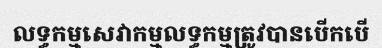
លទ្ធកម្មសេវាកម្មលទ្ធកម្មត្រូវបានបើកបើ